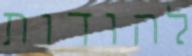
להודות